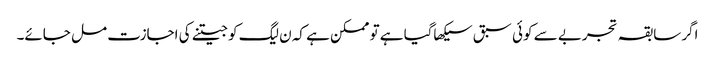
اگر سابقہ تجربے سے کوئی سبق سیکھاگیا ہے تو ممکن ہے کہ ن لیگ کو جیتنے کی اجازت مل جائے۔